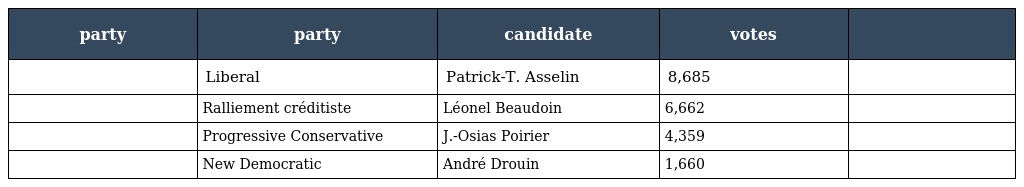
| party | party | candidate | votes |  |
 | --- | --- | --- | --- | --- |
 |  | Liberal | Patrick-T. Asselin | 8,685 |  |
 |  | Ralliement créditiste | Léonel Beaudoin | 6,662 |  |
 |  | Progressive Conservative | J.-Osias Poirier | 4,359 |  |
 |  | New Democratic | André Drouin | 1,660 |  |